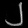
Digit: ၂